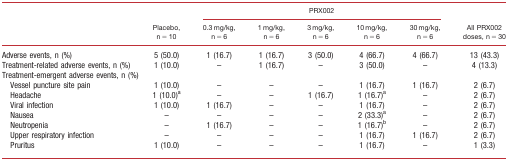
<table><thead><tr><td rowspan="2"></td><td rowspan="2"><b>Placebo, n = 10</b></td><td colspan="5"><b>PRX002</b></td><td rowspan="2"><b>All PRX002 doses, n = 30</b></td></tr><tr><td><b>0.3 mg/kg, n = 6</b></td><td><b>1 mg/kg, n = 6</b></td><td><b>3 mg/kg, n = 6</b></td><td><b>10 mg/kg, n = 6</b></td><td><b>30 mg/kg, n = 6</b></td></tr></thead><tbody><tr><td>Adverse events, n (%)</td><td>5 (50.0)</td><td>1 (16.7)</td><td>1 (16.7)</td><td>3 (50.0)</td><td>4 (66.7)</td><td>4 (66.7)</td><td>13 (43.3)</td></tr><tr><td>Treatment‐related adverse events, n (%)</td><td>1 (10.0)</td><td>–</td><td>1 (16.7)</td><td>–</td><td>3 (50.0)</td><td>–</td><td>4 (13.3)</td></tr><tr><td colspan="8">Treatment‐emergent adverse events, n (%)</td></tr><tr><td>Vessel puncture site pain</td><td>1 (10.0)</td><td>–</td><td>–</td><td>–</td><td>1 (16.7)</td><td>1 (16.7)</td><td>2 (6.7)</td></tr><tr><td>Headache</td><td>1 (10.0)a</td><td>–</td><td>–</td><td>1 (16.7)</td><td>1 (16.7)a</td><td>–</td><td>2 (6.7)</td></tr><tr><td>Viral infection</td><td>1 (10.0)</td><td>1 (16.7)</td><td>–</td><td>–</td><td>1 (16.7)</td><td>–</td><td>2 (6.7)</td></tr><tr><td>Nausea</td><td>–</td><td>–</td><td>–</td><td>–</td><td>2 (33.3)a</td><td>–</td><td>2 (6.7)</td></tr><tr><td>Neutropenia</td><td>–</td><td>1 (16.7)</td><td>–</td><td>–</td><td>1 (16.7)b</td><td>–</td><td>2 (6.7)</td></tr><tr><td>Upper respiratory infection</td><td>–</td><td>–</td><td>–</td><td>–</td><td>1 (16.7)</td><td>1 (16.7)</td><td>2 (6.7)</td></tr><tr><td>Pruritus</td><td>1 (10.0)</td><td>–</td><td>–</td><td>–</td><td>1 (16.7)</td><td>–</td><td>1 (3.3)</td></tr></tbody></table>